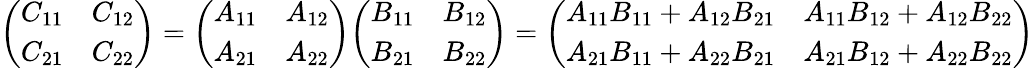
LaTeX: {\left(\begin{array}{ll}{C_{11}}&{C_{12}}\\ {C_{21}}&{C_{22}}\end{array}\right)}={\left(\begin{array}{ll}{A_{11}}&{A_{12}}\\ {A_{21}}&{A_{22}}\end{array}\right)}{\left(\begin{array}{ll}{B_{11}}&{B_{12}}\\ {B_{21}}&{B_{22}}\end{array}\right)}={\left(\begin{array}{ll}{A_{11}B_{11}+A_{12}B_{21}}&{A_{11}B_{12}+A_{12}B_{22}}\\ {A_{21}B_{11}+A_{22}B_{21}}&{A_{21}B_{12}+A_{22}B_{22}}\end{array}\right)}